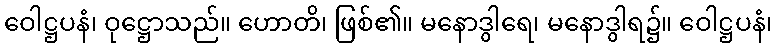
ဝေါဋ္ဌပနံ၊ ဝုဋ္ဌောသည်။ ဟောတိ၊ ဖြစ်၏။ မနောဒွါရေ၊ မနောဒွါရ၌။ ဝေါဋ္ဌပနံ၊